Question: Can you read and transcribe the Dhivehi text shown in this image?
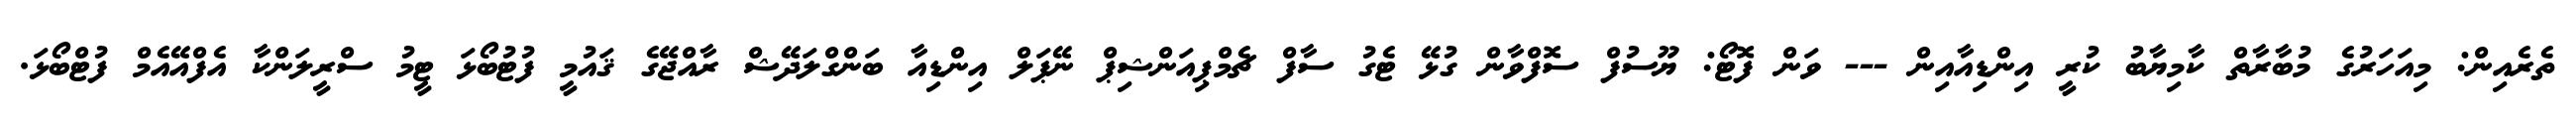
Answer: ތެރެއިން: މިއަހަރުގެ މުބާރާތް ކާމިޔާބު ކުރީ އިންޑިއާއިން --- ވަން ފޮޓޯ: ޔޫސުފް ސޮފްވާން ގުޅޭ ޓެގު ސާފް ޗެމްޕިއަންޝިޕް ނޭޕަލް އިންޑިއާ ބަންގްލަދޭޝް ރާއްޖޭގެ ޤައުމީ ފުޓުބޯޅަ ޓީމު ސްރީލަންކާ އެފްއޭއެމް ފުޓްބޯޅަ.